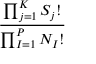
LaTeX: \frac { \prod _ { j = 1 } ^ { K } S _ { j } ! } { \prod _ { I = 1 } ^ { P } N _ { I } ! }